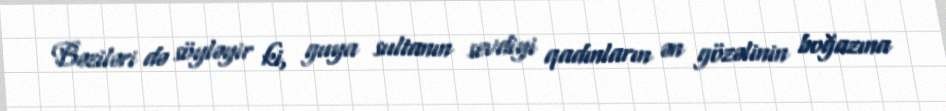
Bəziləri də söyləyir ki, guya sultanın sevdiyi qadınların ən gözəlinin boğazına